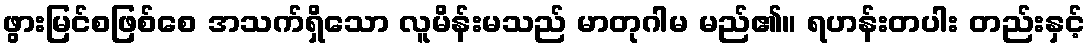
ဖွားမြင်စဖြစ်စေ အသက်ရှိသော လူမိန်းမသည် မာတုဂါမ မည်၏။ ရဟန်းတပါး တည်းနှင့်